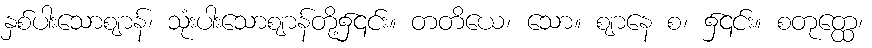
နှစ်ပါးသောဈာန်၊ သုံးပါးသောဈာန်တို့၌၎င်း။ တတိယေ၊ သော။ ဈာနေ စ၊ ၌၎င်း။ စတုတ္ထေ၊